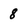
Character: 8